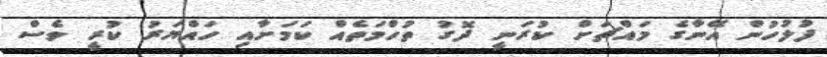
ފުލުހުން އޭނާގެ މައްޗަށް ކުރަނީ ދޮގު ތުހްމަތެއް ކަމަށާއި ހައްޔަރު ކުރީ ވެސް